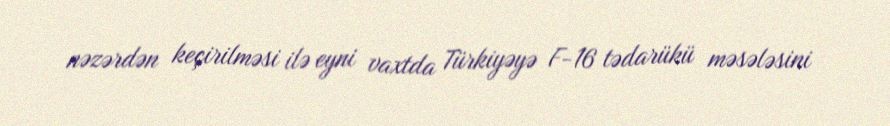
nəzərdən keçirilməsi ilə eyni vaxtda Türkiyəyə F-16 tədarükü məsələsini